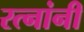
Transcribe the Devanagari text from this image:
रत्नांनी